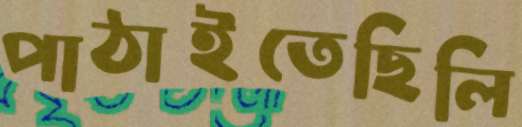
পাঠাইতেছিলি